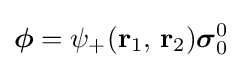
{\boldsymbol {\phi }}=\psi _{+}(\mathbf {r} _{1},\,\mathbf {r} _{2}){\boldsymbol {\sigma }}_{0}^{0}